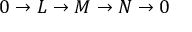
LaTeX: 0 \rightarrow L \rightarrow M \rightarrow N \rightarrow 0